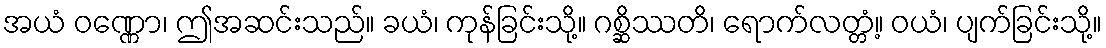
အယံ ဝဏ္ဏော၊ ဤအဆင်းသည်။ ခယံ၊ ကုန်ခြင်းသို့။ ဂစ္ဆိဿတိ၊ ရောက်လတ္တံ့။ ဝယံ၊ ပျက်ခြင်းသို့။